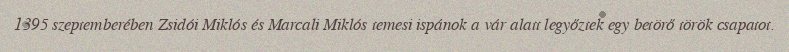
1395 szeptemberében Zsidói Miklós és Marcali Miklós temesi ispánok a vár alatt legyőztek egy betörő török csapatot.